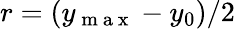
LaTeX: r=(y_{\mathrm{~m~a~x~}}-y_{0})/2